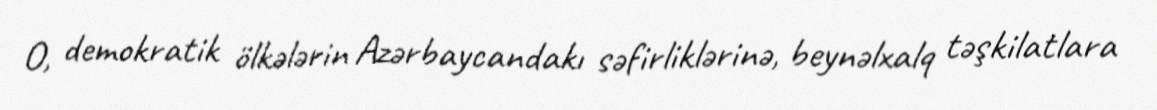
O, demokratik ölkələrin Azərbaycandakı səfirliklərinə, beynəlxalq təşkilatlara